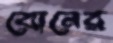
বোনের